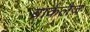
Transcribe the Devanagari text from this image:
बार्कलैज़